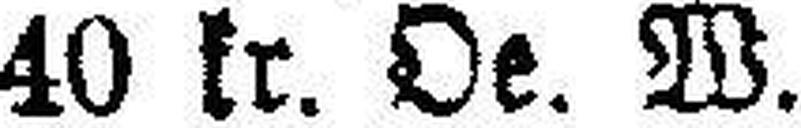
40 kr. Oe. W.